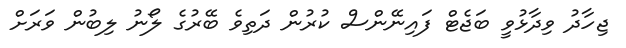
ޖިހާދު ވިދާޅުވީ ބަޖެޓް ފައިނޭންސް ކުރުން ދަތިވެ ބޭރުގެ ލޯނު ލިބުން ވަރަށް